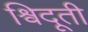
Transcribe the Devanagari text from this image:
श्विदूती